Report on enteric fever
Disease focus: Fever
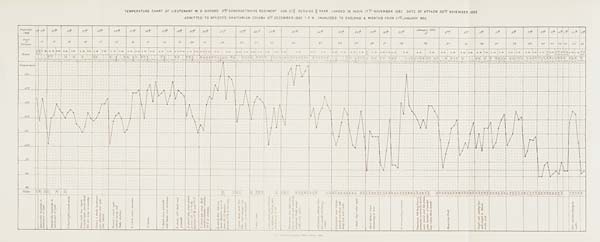
TEMPERATURE CHART OF LIEUTENANT W. G. GIFFORD 2 ND SOMERSETSHIRE REGIMENT AGE 2110/12 SERVICE 10/12 YEAR LANDED IN INDIA 17 TH NOVEMBER 1882 DATE OF ATTACK 30 TH NOVEMBER 1882
ADMITTED TO OFFICER'S SANITARIUM COLABA 8 TH DECEMBER 1882 7 P. M. INVALIDED TO ENGLAND 6 MONTHS FROM 21 ST JANUARY 1883.
Govt. Photozincographic Office, Poona 1883.